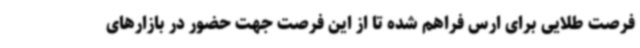
فرصت طلایی برای ارس فراهم شده تا از این فرصت جهت حضور در بازارهای